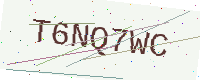
Text: T6NQ7WC